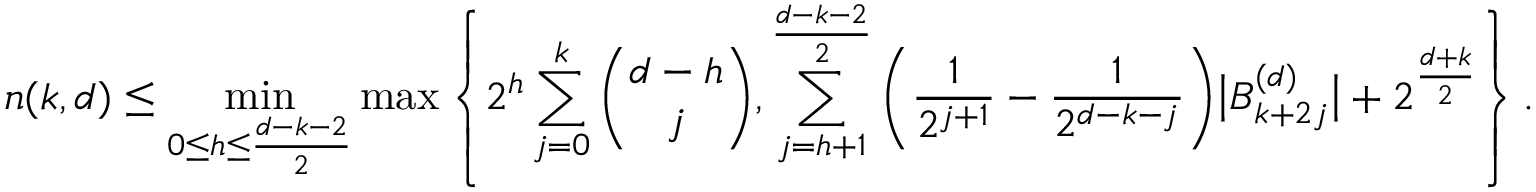
n ( k , d ) \le \operatorname* { m i n } _ { 0 \le h \le \frac { d - k - 2 } { 2 } } \operatorname* { m a x } \left\{ 2 ^ { h } \sum _ { j = 0 } ^ { k } \binom { d - h } { j } , \sum _ { j = h + 1 } ^ { \frac { d - k - 2 } { 2 } } \bigg ( \frac { 1 } { 2 ^ { j + 1 } } - \frac { 1 } { 2 ^ { d - k - j } } \bigg ) \big | B _ { k + 2 j } ^ { ( d ) } \big | + 2 ^ { \frac { d + k } { 2 } } \right\} .